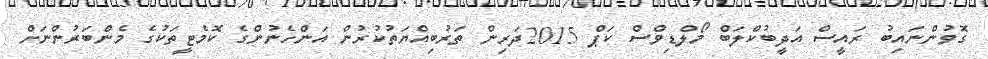
ގޮވުންނައިބު ރައީސް އަދީބުކްލަބް މޯލްޑިވްސް ކަޕް 2015ދަރިން ތަރުބިއްޔަތުކުރުން އަންހެނުންގެ ކޮމެޓީތަކުގެ މެންބަރުންނަށް